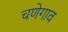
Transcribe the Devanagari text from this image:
चणेगाव